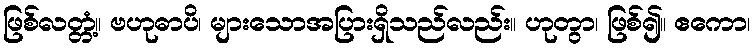
ဖြစ်လတ္တံ့။ ဗဟုဓာပိ၊ များသောအပြားရှိသည်လည်း။ ဟုတွာ၊ ဖြစ်၍။ ဧကော၊